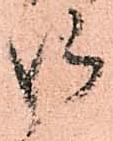
御